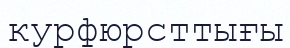
курфюрсттығы